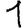
Digit: 1